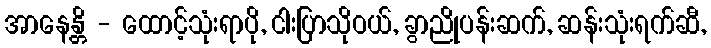
အာနေန္တိ - ထောင့်သုံးရာပို, ငါးပြာသိုဝယ်, ခွာညိုပန်းဆက်, ဆန်းသုံးရက်ဆီ,